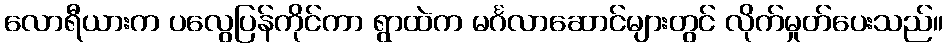
လောရီယားက ပလွေပြန်ကိုင်ကာ ရွာထဲက မင်္ဂလာဆောင်များတွင် လိုက်မှုတ်ပေးသည်။